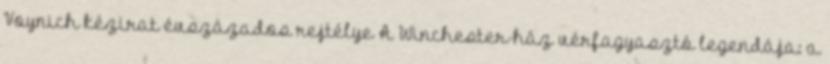
Voynich kézirat évszázados rejtélye A Winchester-ház vérfagyasztó legendája: a